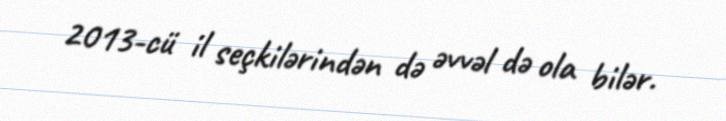
2013-cü il seçkilərindən də əvvəl də ola bilər.